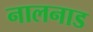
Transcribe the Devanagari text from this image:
नालनाड